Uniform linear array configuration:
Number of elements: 48
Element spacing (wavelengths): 0.25
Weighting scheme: hann
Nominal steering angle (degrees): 60
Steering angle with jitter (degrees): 58.61
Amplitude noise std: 0.05
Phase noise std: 0.05

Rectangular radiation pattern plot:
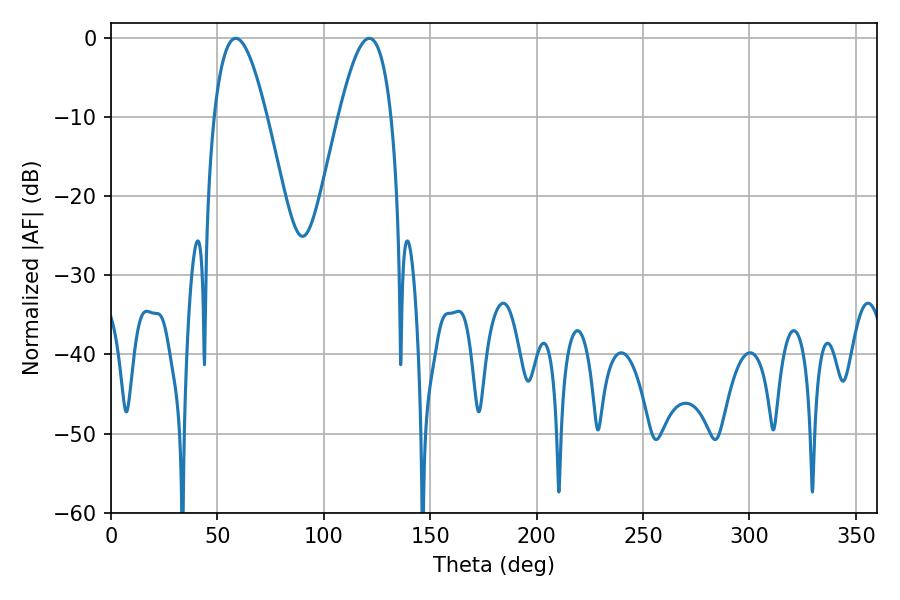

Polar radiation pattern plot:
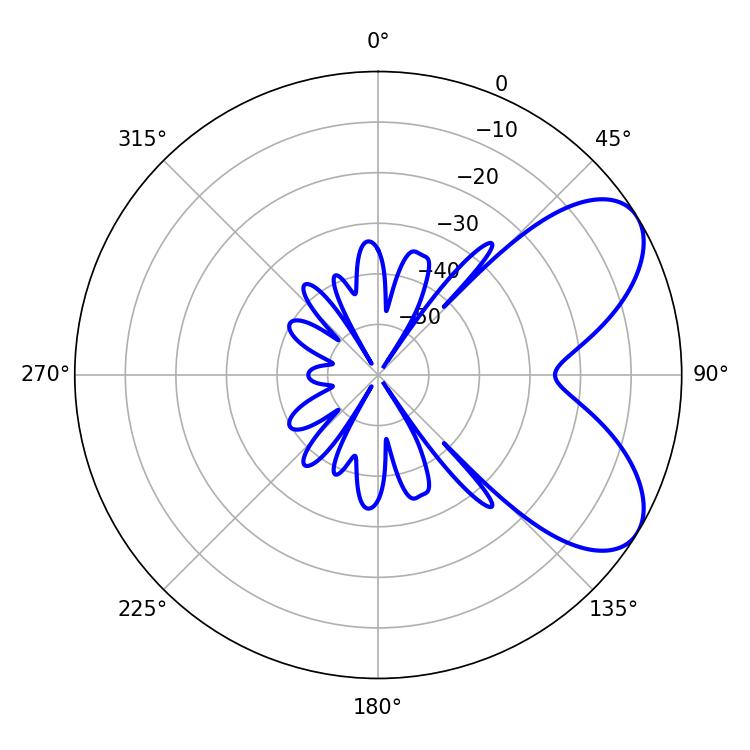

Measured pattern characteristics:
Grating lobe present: FALSE
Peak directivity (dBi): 6.576
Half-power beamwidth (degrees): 13.5
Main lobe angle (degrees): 58.68